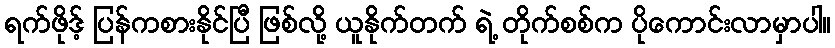
ရက်ဖိုဒ့် ပြန်ကစားနိုင်ပြီ ဖြစ်လို့ ယူနိုက်တက် ရဲ့ တိုက်စစ်က ပိုကောင်းလာမှာပါ။